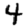
Digit: 4